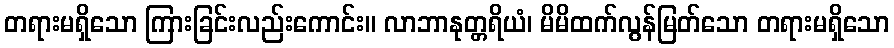
တရားမရှိသော ကြားခြင်းလည်းကောင်း။ လာဘာနုတ္တရိယံ၊ မိမိထက်လွန်မြတ်သော တရားမရှိသော